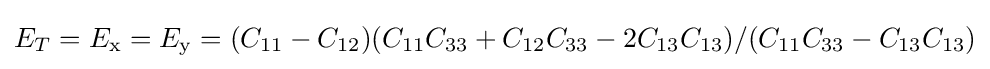
E_{T}=E_{\rm {x}}=E_{\rm {y}}=(C_{11}-C_{12})(C_{11}C_{33}+C_{12}C_{33}-2C_{13}C_{13})/(C_{11}C_{33}-C_{13}C_{13})